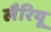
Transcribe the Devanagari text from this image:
लैरियू